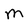
Character: M